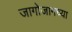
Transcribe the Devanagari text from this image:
जागोजागच्या